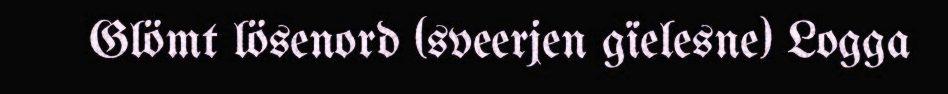
Glömt lösenord (sveerjen gïelesne) Logga